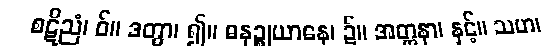
စဋိညံ၊ ဝ်။ ဒတွာ၊ ၍။ ဓနဉ္စုယာနေ၊ ၌။ အတ္တနာ၊ နှင့်။ သဟ၊